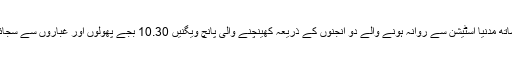
08.20 پر پرچموں کے ساتھ مدنیا اسٹیشن سے روانہ ہونے والے دو انجنوں کے ذریعہ کھینچنے والی پانچ ویگنیں 10.30 بجے پھولوں اور غباروں سے سجائے برسا اسٹیشن پہنچ گئیں۔